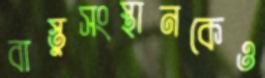
বাস্তুসংস্থানকেও